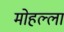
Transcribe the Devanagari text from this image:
मोहल्‍ला